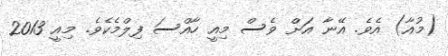
(މުއާ) އެވެ. އޭނާ އަށް ވެސް މިއީ ހާއްސަ ފިލްމެކެވެ. މިއީ 2013